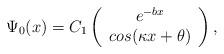
LaTeX: \begin{align*} \Psi_0(x)=C_1\left(\begin{array}{c}e^{-bx}\\cos(\kappa x+\theta)\end{array}\right),\end{align*}